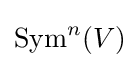
\operatorname {Sym} ^{n}(V)